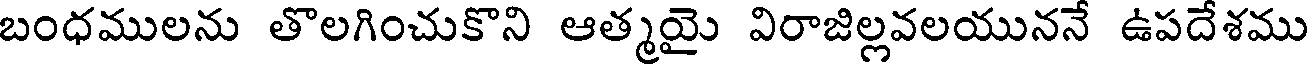
బంధములను తొలగించుకొని ఆత్మయై విరాజిల్లవలయుననే ఉపదేశము